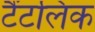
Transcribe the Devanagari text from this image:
टैंटलिक